Scottish Leaving Certificate Examination, 1959
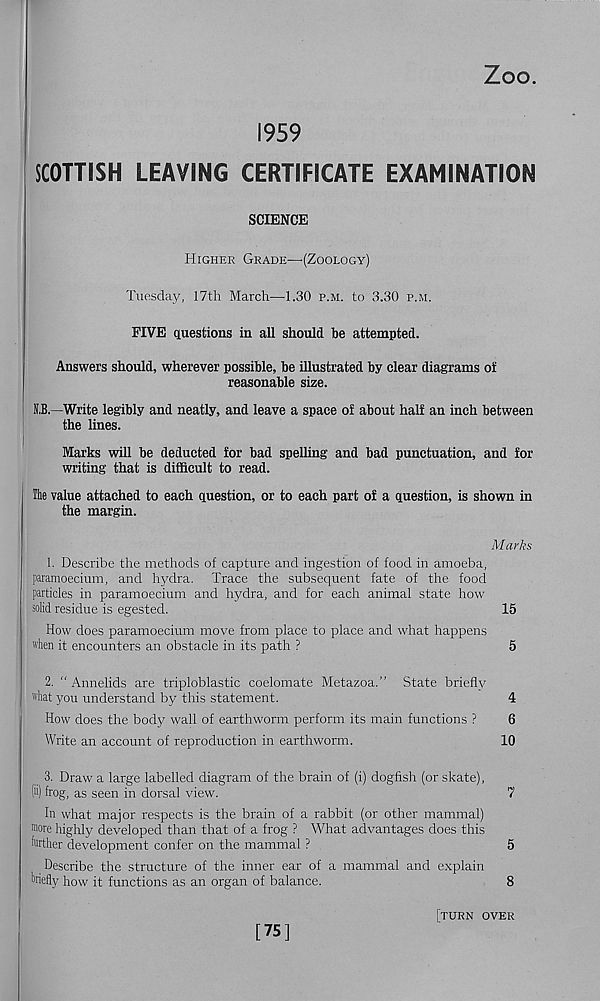
Zoo.
1959
SCOTTISH LEAVING CERTIFICATE EXAMINATION
SCIENCE
Higher Grade—(Zoology)
Tuesday, 17th March—1.30 p.m. to 3.30 p.m.
FIVE questions in all should be attempted.
Answers should, wherever possible, be illustrated by clear diagrams of
reasonable size.
K.B. -Write legibly and neatly, and leave a space of about half an inch between
the lines.
Marks will be deducted for bad spelling and bad punctuation, and for
writing that is difficult to read.
The value attached to each question, or to each part of a question, is shown in
the margin.
Marks
1. Describe the methods of capture and ingestion of food in amoeba,
paramoecium, and hydra. Trace the subsequent fate of the food
particles in paramoecium and hydra, and for each animal state how
solid residue is egested.
15
How does paramoecium move from place to place and what happens
when it encounters an obstacle in its path ?
5
2. “Annelids are triploblastic coelomate Metazoa.” State briefly
what you understand by this statement.
4
How does the body wall of earthworm perform its main functions ?
6
Write an account of reproduction in earthworm.
10
3. Draw a large labelled diagram of the brain of (i) dogfish (or skate),
(ii) frog, as seen in dorsal view.
7
In what major respects is the brain of a rabbit (or other mammal)
■ "ore highly developed than that of a frog ? What advantages does this
farther development confer on the mammal ?
5
Describe the structure of the inner ear of a mammal and explain
Welly how it functions as an organ of balance.
8
[75]
[turn over